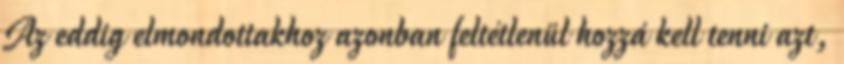
Az eddig elmondottakhoz azonban feltétlenül hozzá kell tenni azt,